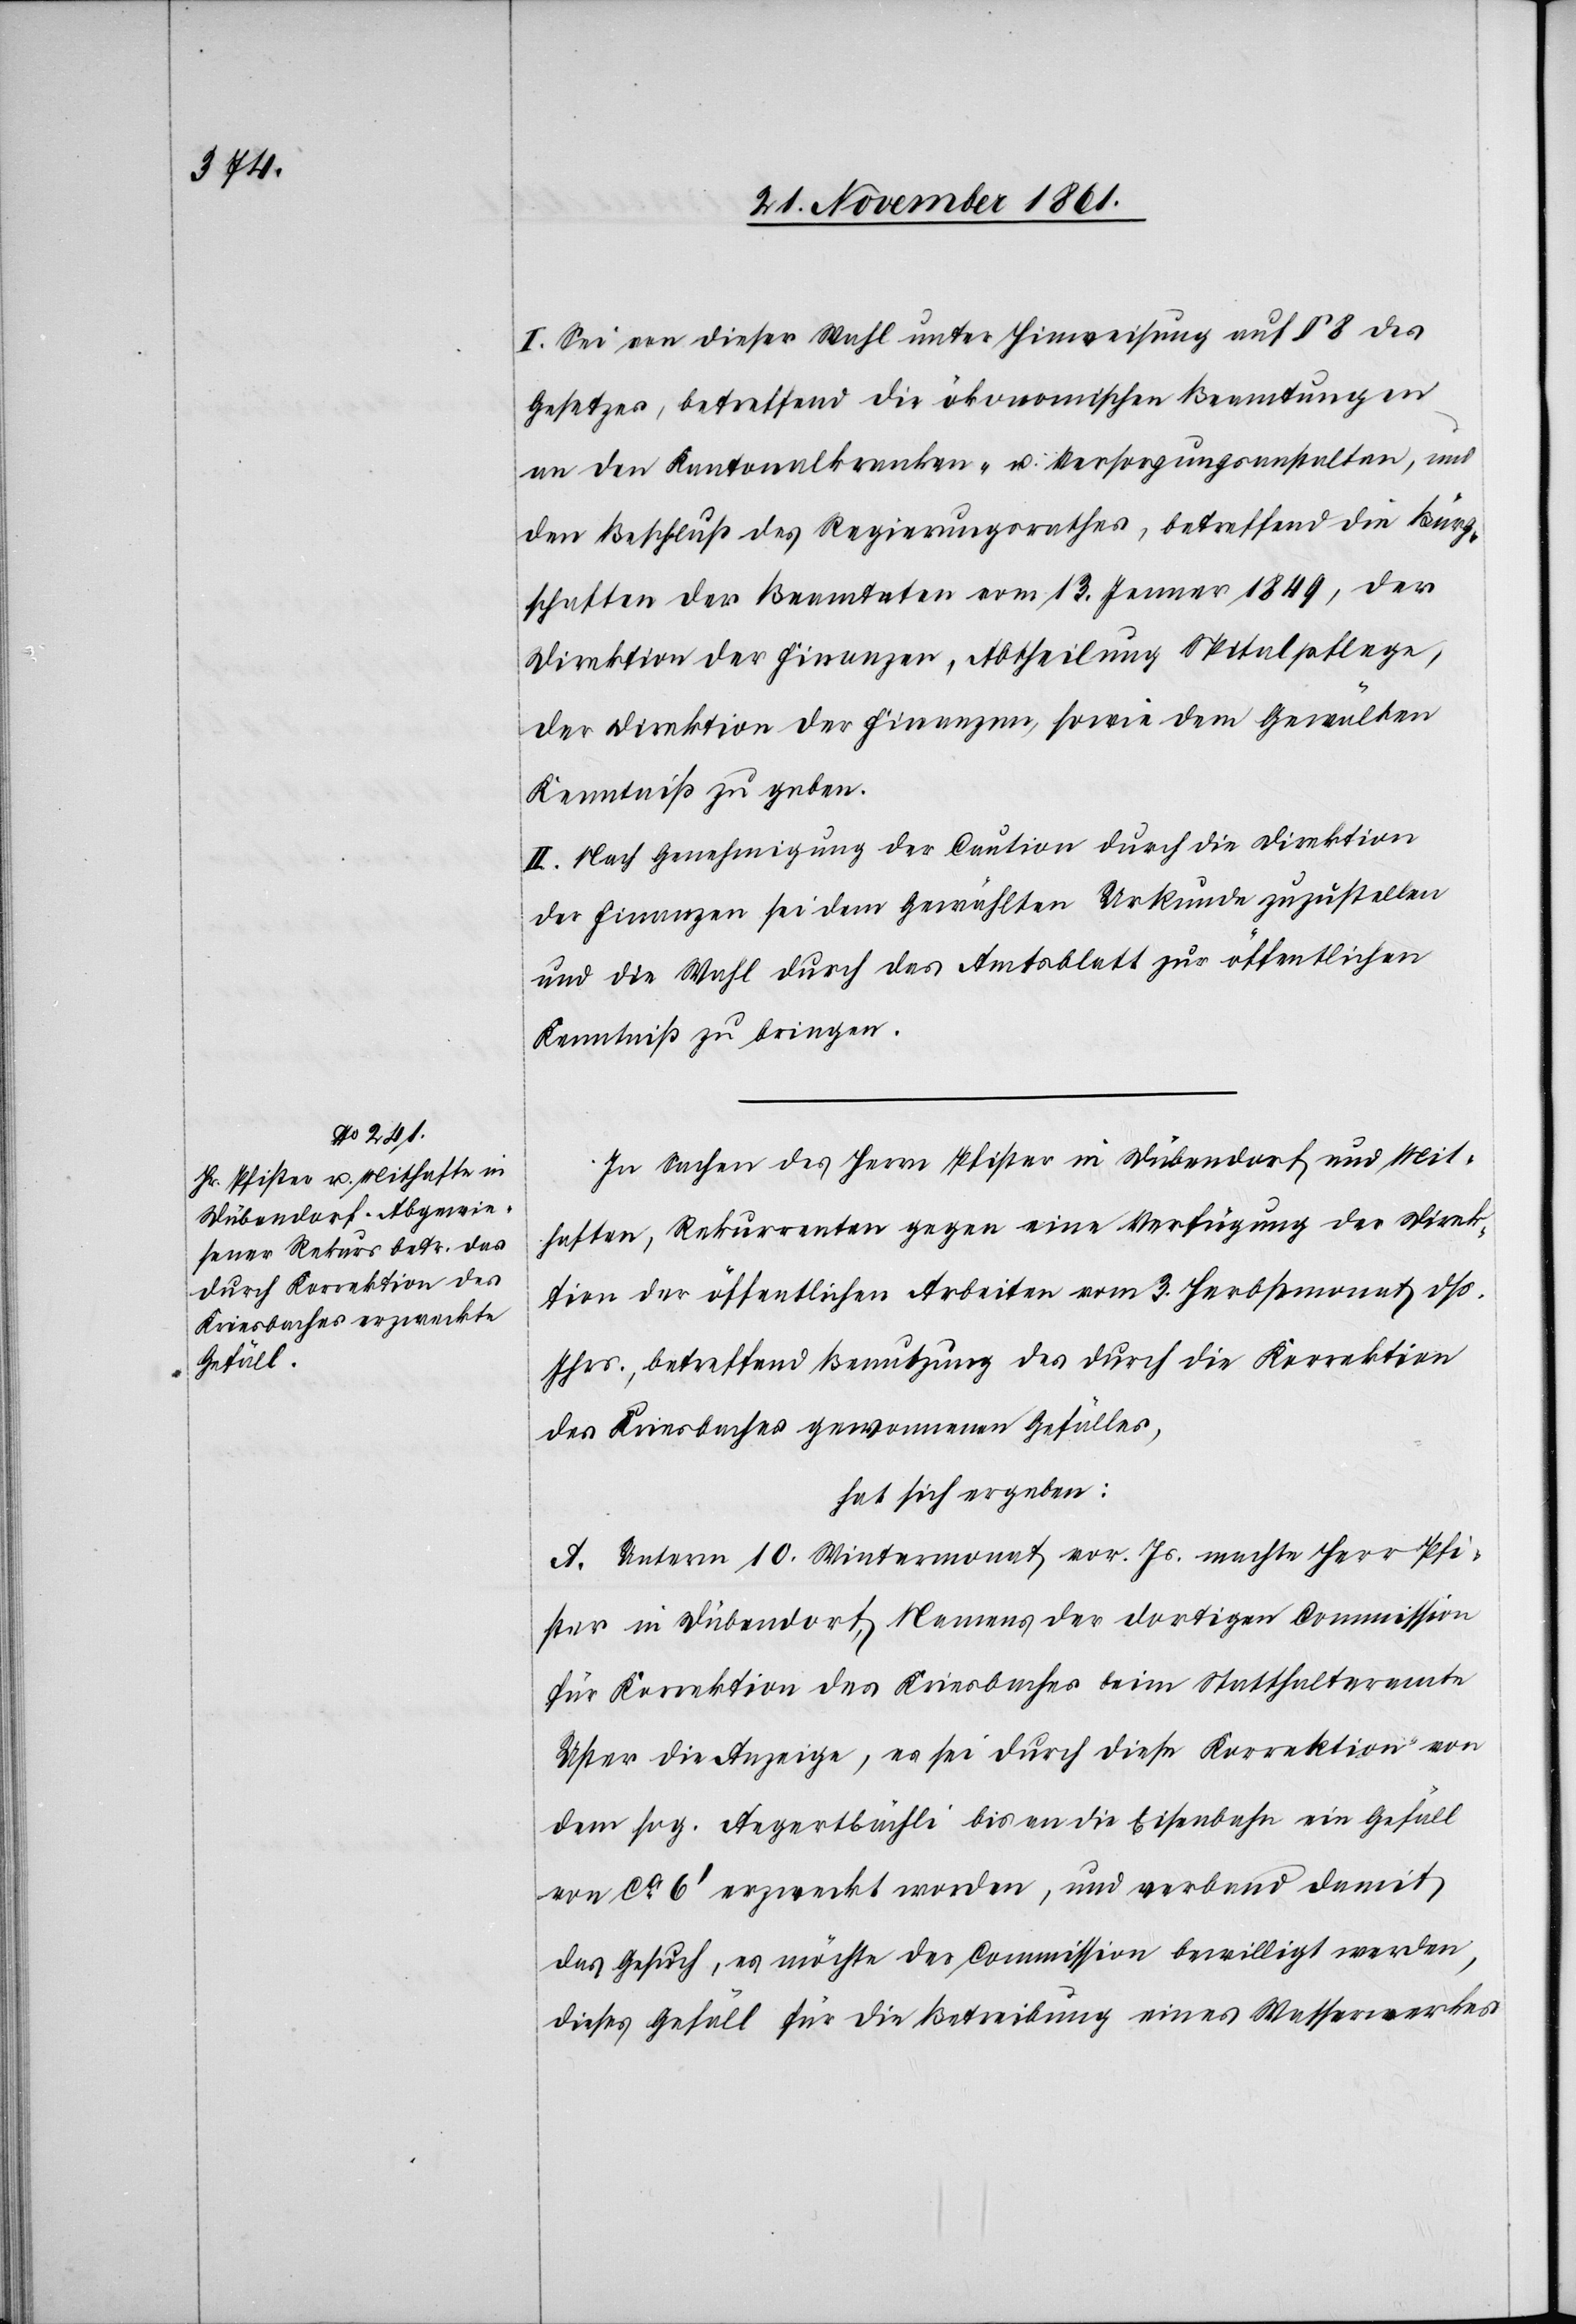
I. Sei von dieser Wahl unter Hinweisung auf § 8 des
Gesetzes, betreffend die ökonomischen Beamtungen
an den Kantonalkranken- u. Versorgungsanstalten, und
den Beschluß des Regierungsrathes, betreffend die Bürg¬
schaften der Beamteten vom 13 Jenner 1849, der
Direktion der Finanzen, Abtheilung Spitalpflege,
der Direktion der Finanzen, sowie dem Gewälten
Kenntniß zu geben.
II. Nach Genehmigung der Caution durch die Direktion
der Finanzen sei dem Gewälten Urkunde zuzustellen
und die Wahl durch den Amtsblatt zur öffentlichen
Kenntniß zu bringen.
In Sachen des Herrn Pfister in Dübendorf und Mit¬
haften, Rekurrenten gegen eine Verfügung der Direk¬
tion der öffentlichen Arbeiten vom 3 Herbstmonat dß.
Jhrs., betreffend Benutzung des durch die Korrektion
des Kriesbaches gewonnenen Gefälles,
hat sich ergeben:
A. Unterm 10 Wintermonat vor. Js. machte Herr Pfi¬
ster in Dübendorf, Namens der dortigen Commission
für Korrektion des Kriesbaches beim Statthalteramte
Uster die Anzeige, es sei durch diese Korrektion von
dem sog. Aegertbächli bis an die Eisenbahn ein Gefäll
von ca 6‘ erzweckt worden, und verband damit
das Gesuch, es möchte der Commission bewilligt werden,
dieses Gefäll für die Betreibung eines Wasserwerkes